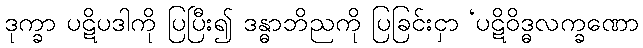
ဒုက္ခာ ပဋိပဒါကို ပြပြီး၍ ဒန္ဓာဘိညကို ပြခြင်းငှာ ‘ပဋိဝိဒ္ဓလက္ခဏော